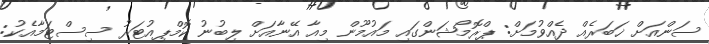
ސަންއަށް ޚަބަރެއް ދެއްވުމަށް: ޕްރޮމޯޝަންގައި މައުމޫން މިއާ އޭނާއަށް ލިބުނު ކޮމްޕިއުޓަރު ސިސްޓަމާއެކު: